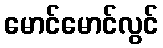
မောင်မောင်လွင်